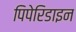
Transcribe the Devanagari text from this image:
पिपेरिडाइन